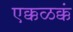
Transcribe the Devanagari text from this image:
एक्कळक्कं